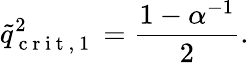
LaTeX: \tilde{q}_{\mathrm{~c~r~i~t~,~1~}}^{2}=\frac{1-\alpha^{-1}}{2}.